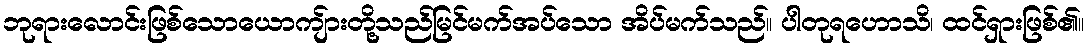
ဘုရားလောင်းဖြစ်သောယောကျ်ားတို့သည်မြင်မက်အပ်သော အိပ်မက်သည်။ ပါတုရဟောသိ၊ ထင်ရှားဖြစ်၏။